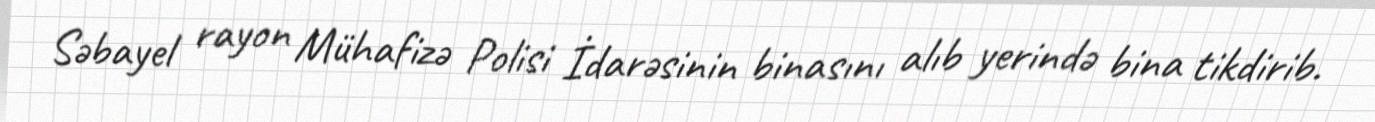
Səbayel rayon Mühafizə Polisi İdarəsinin binasını alıb yerində bina tikdirib.